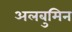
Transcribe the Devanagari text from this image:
अलबुमिन